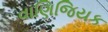
વાણિજિયક